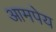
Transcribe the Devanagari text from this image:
आमपेय